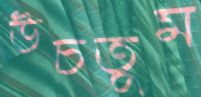
উচতুম